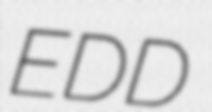
EDD